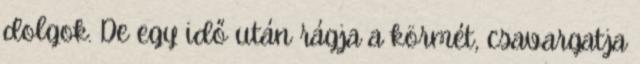
dolgok. De egy idő után rágja a körmét, csavargatja